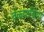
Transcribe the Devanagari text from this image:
तळ्याचिया